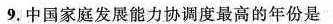
9.中国家庭发展能力协调度最高的年份是